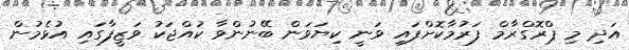
އަދި މި ޕްރޮގްރާމް ފަރުމާކޮށްފައި ވަނީ ކިޔަވަން ބޭނުންވާ ކުއްޖަކު ވަޒީފާގައި އުޅެމުން